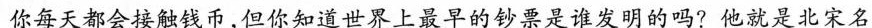
你每天都会接触钱币，但你知道世界上最早的钞票是谁发明的吗?他就是北宋名